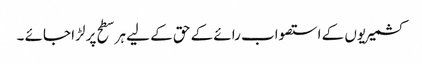
کشمیریوں کے استصواب رائے کے حق کے لیے ہر سطح پر لڑا جائے ۔